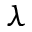
\lambda